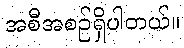
အစီအစဉ်ရှိပါတယ်။